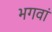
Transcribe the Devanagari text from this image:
भगवां